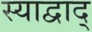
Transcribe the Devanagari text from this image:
स्याद्वाद्